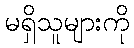
မရှိသူများကို